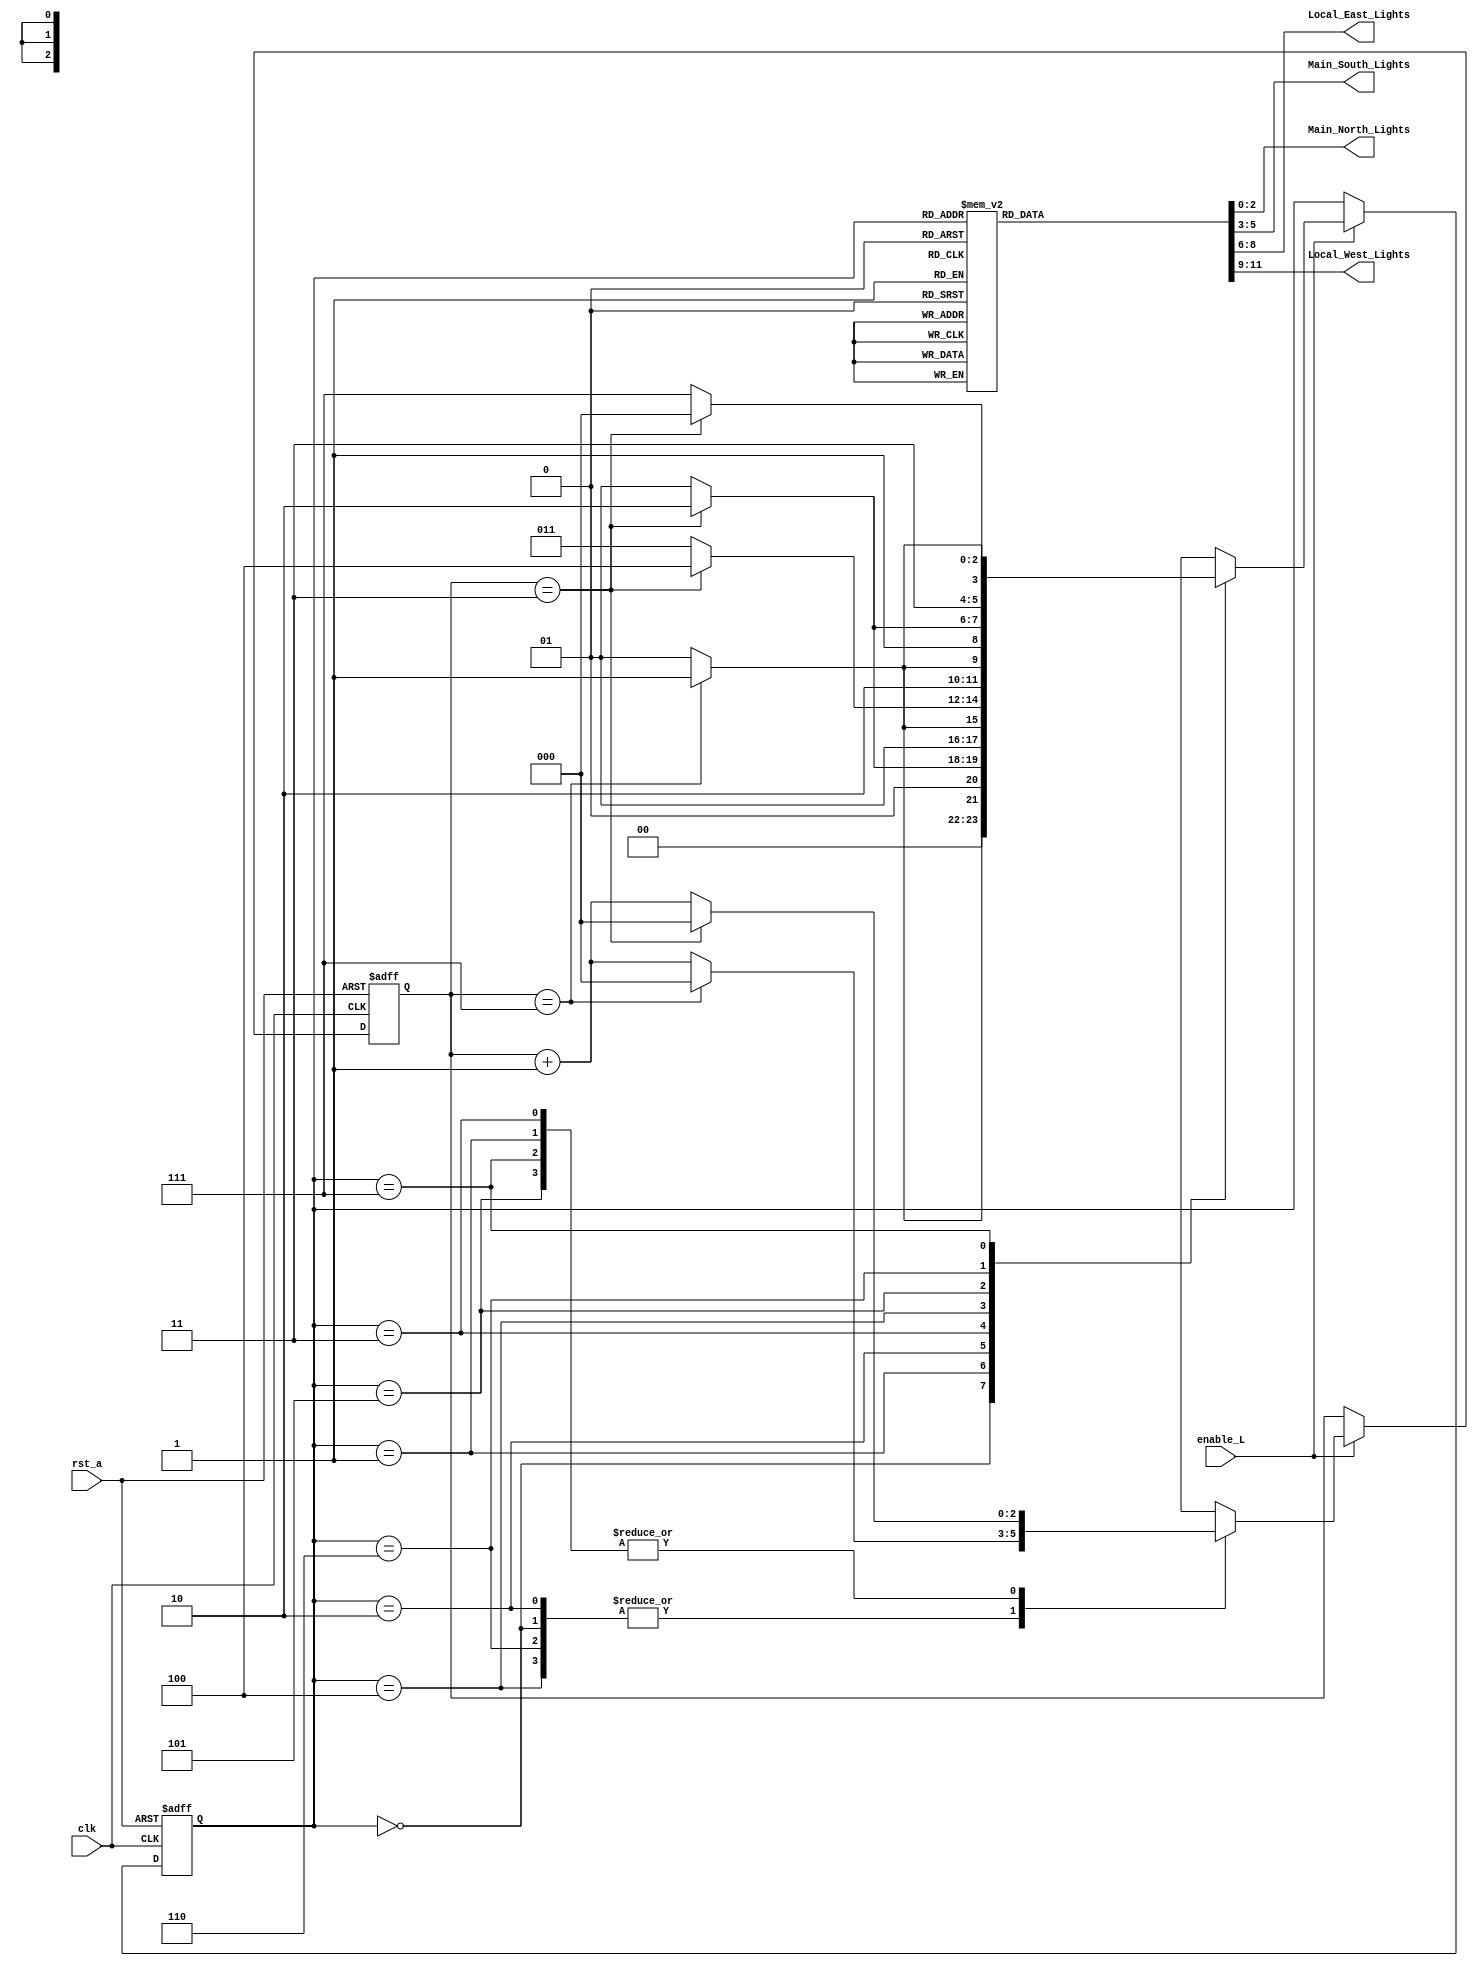
`timescale 1ns / 1ps
//////////////////////////////////////////////////////////////////////////////////
// Company: 
// Engineer: 
// 
// Design Name: 
// Module Name: traffic_control
// Project Name: 
// Target Devices: 
// Tool Versions: 
// Description: 
// 
// Dependencies: 
// 
// Revision:
// Revision 0.01 - File Created
// Additional Comments:
// 
//////////////////////////////////////////////////////////////////////////////////


module traffic_control(Main_North_Lights,Main_South_Lights,Local_East_Lights,Local_West_Lights,clk,rst_a,enable_L);

   output reg [2:0] Main_North_Lights,Main_South_Lights,Local_East_Lights,Local_West_Lights; 
   input      clk;
   input      rst_a;
   input      enable_L;
 
   reg [2:0] state;
 
   parameter [2:0] north=3'b000;
   parameter [2:0] north_y=3'b001;
   parameter [2:0] south=3'b010;
   parameter [2:0] south_y=3'b011;
   parameter [2:0] east=3'b100;
   parameter [2:0] east_y=3'b101;
   parameter [2:0] west=3'b110;
   parameter [2:0] west_y=3'b111;

   reg [2:0] count;
 

   always @(posedge clk, posedge rst_a)
     begin
        if (rst_a)
            begin
                state=north;
                count =3'b000;
            end
        else if (enable_L)
            begin
                case (state)
                north :
                    begin
                        if (count==3'b111)
                            begin
                            count=3'b000;
                            state=north_y;
                            end
                        else
                            begin
                            count=count+3'b001;
                            state=north;
                            end
                    end

                north_y :
                    begin
                        if (count==3'b011)
                            begin
                            count=3'b000;
                            state=south;
                            end
                        else
                            begin
                            count=count+3'b001;
                            state=north_y;
                        end
                    end

               south :
                    begin
                        if (count==3'b111)
                            begin
                            count=3'b0;
                            state=south_y;
                            end
                        else
                            begin
                            count=count+3'b001;
                            state=south;
                        end
                    end

            south_y :
                begin
                    if (count==3'b011)
                        begin
                        count=3'b0;
                        state=east;
                        end
                    else
                        begin
                        count=count+3'b001;
                        state=south_y;
                        end
                    end

            east :
                begin
                    if (count==3'b111)
                        begin
                        count=3'b0;
                        state=east_y;
                        end
                    else
                        begin
                        count=count+3'b001;
                        state=east;
                        end
                    end

            east_y :
                begin
                    if (count==3'b011)
                        begin
                        count=3'b0;
                        state=west;
                        end
                    else
                        begin
                        count=count+3'b001;
                        state=east_y;
                        end
                    end

            west :
                begin
                    if (count==3'b111)
                        begin
                        state=west_y;
                        count=3'b0;
                        end
                    else
                        begin
                        count=count+3'b001;
                        state=west;
                        end
                    end

            west_y :
                begin
                    if (count==3'b011)
                        begin
                        state=north;
                        count=3'b0;
                        end
                    else
                        begin
                        count=count+3'b001;
                        state=west_y;
                        end
                    end
            endcase // case (state)
        end // always @ (state)
    end 


always @(state)
     begin
         case (state)
            north :
                begin
                    Main_North_Lights = 3'b001;
                    Main_South_Lights = 3'b100;
                    Local_East_Lights = 3'b100;
                    Local_West_Lights = 3'b100;
                end // case: north

            north_y :
                begin
                    Main_North_Lights = 3'b010;
                    Main_South_Lights = 3'b100;
                    Local_East_Lights = 3'b100;
                    Local_West_Lights = 3'b100;
                end // case: north_y

            south :
                begin
                    Main_North_Lights = 3'b100;
                    Main_South_Lights = 3'b001;
                    Local_East_Lights = 3'b100;
                    Local_West_Lights = 3'b100;
                end // case: south

            south_y :
                begin
                    Main_North_Lights = 3'b100;
                    Main_South_Lights = 3'b010;
                    Local_East_Lights = 3'b100;
                    Local_West_Lights = 3'b100;
                end // case: south_y

            west :
                begin
                    Main_North_Lights = 3'b100;
                    Main_South_Lights = 3'b100;
                    Local_East_Lights = 3'b100;
                    Local_West_Lights = 3'b001;
                end // case: west

            west_y :
                begin
                    Main_North_Lights = 3'b100;
                    Main_South_Lights = 3'b100;
                    Local_East_Lights = 3'b100;
                    Local_West_Lights = 3'b010;
                end // case: west_y

            east :
                begin
                    Main_North_Lights = 3'b100;
                    Main_South_Lights = 3'b100;
                    Local_East_Lights = 3'b001;
                    Local_West_Lights = 3'b100;
                end // case: east

            east_y :
                begin
                    Main_North_Lights = 3'b100;
                    Main_South_Lights = 3'b100;
                    Local_East_Lights = 3'b010;
                    Local_West_Lights = 3'b100;
                end // case: east_y
            endcase // case (state)
     end // always @ (state)
endmodule